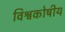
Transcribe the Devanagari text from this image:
विश्वकोषीय